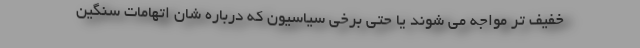
خفیف تر مواجه می شوند یا حتی برخی سیاسیون که درباره شان اتهامات سنگین